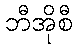
ဘီအိုစီ